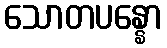
သောတပန္နော